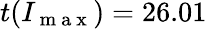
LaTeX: t(I_{\mathrm{~m~a~x~}})=26.01